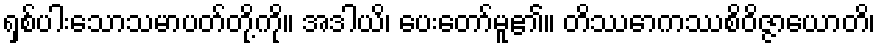
ရှစ်ပါးသောသမာပတ်တို့ကို။ အဒါယိ၊ ပေးတော်မူ၏။ တိဿောကဿစိဝိဇ္ဇာယောတိ၊